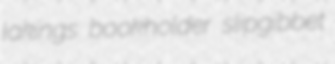
lakings bookholder slipgibbet